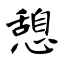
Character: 憩